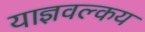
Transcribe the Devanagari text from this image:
याज्ञवल्कय